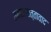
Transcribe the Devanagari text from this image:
समाजसत्तावाद